Civil Veterinary Department. Madras. Admin. report 1910-25 - 1910-1925
Year: 1910
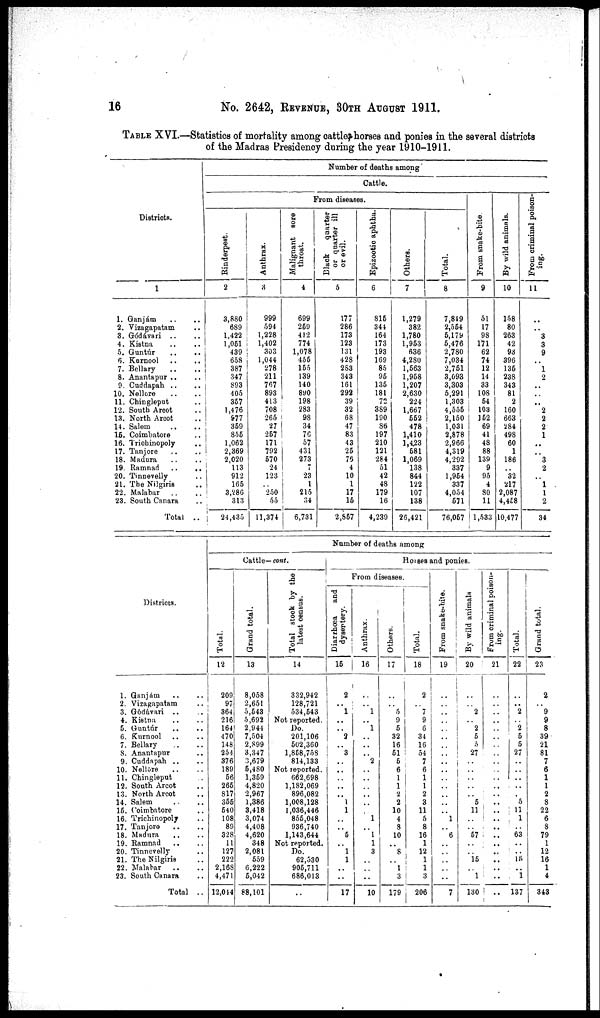
16
No. 2642, REVENUE, 30TH AUGUST 1911.
TABLE XVI.—Statistics of mortality among cattle, horses and ponies in the several districts
of the Madras Presidency during the year 1910-1911.
Districts.
1
1. Ganjám .. ..
2. Vizagapatam .. ..
3. Gódávari .. ..
4. Kistna .. ..
5. Guntúr .. ..
6. Kurnool .. ..
7. Bellary .. ..
8. Anantapur .. ..
9. Cuddapah .. ..
10. Nellore .. ..
11. Chingleput ..
12. South Arcot ..
13. North Arcot ..
14. Salem
15. Coimbatore ..
16. Trichinopoly ..
17. Tanjore .. ..
18. Madura
19. Ramnad
..
..
20. Tinnevelly ..
21. The Nilgiris ..
22. Malabar
23. South Canara ..
Total ..
Number of deaths among
Cattle.
From diseases.
Rinderpest.
2
3,880
689
1,422
1,061
439
658
387
347
893
405
357
1,476
977
359
855
1,062
2,369
2,020
113
912
165
3,286
313
24,430
Anthrax.
3
999
594
1,228
1,402
303
1,044
278
211
767
893
413
708
265
27
267
171
792
670
24
123
..
250
55
11,374
Malignant sore
throat.
4
699
269
412
774
1,078
456
165
139
140
890
198
283
98
34
76
57
431
273
7
23
1
215
34
| 6,731
Black
quarter
or quarter ill
or evil.
5
177
286
173
123
131
428
263
343
161
292
39
32
68
47
83
43
26
70
4
10
1
17
16
2,857
Epizootic aphtha.
6
816
344
164
173
193
169
85
96
135
181
72
389
190
86
197
210
121
284
51
42
48
179
16
4,239
Others.
7
1,279
382
1,780
1,963
636
4,280
1,663
1,958
1,207
2,630
224
1,667
662
478
1,410
1,423
681
1,069
138
844
122
107
138
26,421
Total.
8
7,819
2,564
5,179
6,476
2,780
7,034
2,761
3,093
3,303
5,291
1,303
4,556
2,150
1,031
2,878
2,966
4,319
4,292
337
1,964
337
4,054
671
76,067
Fr om snake-bite.
9
51
17
98
171
62
74
12
14
33
108
64
103
152
69
41
48
88
139
9
95
4
80
11
1,583
By wild animals.
10
158
80
263
42
93
396
136
238
343
81
2
160
663
284
498
60
1
186
..
32
217
2,087
4,458
10,477
From
criminal poison-
ing.
11
..
..
3
3
9
..
1
2
..
..
..
2
2
2
1
..
..
3
2
..
1
1
2
34
Districts.
1. Ganjám .. ..
2. Vizagapatam ..
3. Gódávari .. ..
4. Kistna .. ..
5. Guntúr
.. ..
6. Kurnool .. ..
7. Bellary .. ..
8. Anantapur ..
9. Cuddapah .. ..
10. Nellore .. ..
11. Chingleput ..
12. South Arcot ..
13. North Arcot ..
14. Salem
16. Coimbatore ..
16. Trichinopoly ..
17. Tanjore .. ..
18. Madura .. ..
19. Ramnad .. ..
20. Tinnevelly ..
21. The Nilgiris ..
22. Malabar .. ..
23. South Canara ..
Total ..
Number of deaths among
Cattle— cont.
Total.
12
209
97
364
216
164
470
148
254
376
189
66
266
817
355
640
108
89
328
11
127
222
2,168
4,471
12,014
Grand total.
13
8,058
2,651
5,643
5,692
2,944
7,504
2,899
3,347
3,679
5,480
1,369
4,820
2,967
1,386
3,418
3,074
4,408
4,620
348
2,081
559
6,222
6,012
88,101
Total stock
by the
latest census.
14
332,942
128,721
534,643
Not reported.
Do.
201,106
602,360
1,858,758
814,133
Not reported.
662,698
1,182,069
896,082
1,008,128
1,036,446
855,048
936,740
1,143,644
Not reported.
Do.
62,530
906,711
686,013
..
Horses and ponies.
From diseases.
Diarrhœa
and
dysentery.
15
2
..
1
..
..
2
..
3
..
..
..
..
..
1
1
..
..
6
..
1
1
..
..
17
Anthrax.
16
..
..
1
..
1
..
..
..
2
..
..
..
..
..
..
1
..
1
1
3
..
..
..
10
Others.
17
..
..
5
9
6
32
16
61
6
6
1
1
2
2
10
4
3
10
..
8
..
1
3
179
Total.
18
2
..
7
9
6
34
16
54
7
6
1
1
2
3
11
5
8
16
1
12
1
1
3
206
From snake-bite.
19
..
..
..
..
..
..
..
..
..
..
..
..
..
..
..
1
..
6
..
..
..
..
..
7
By wild animals
20
..
..
2
..
2
5
5
27
..
..
..
..
..
5
11
..
..
57
..
..
15
.
1
130
From criminal poison-
ing.
21
..
..
..
..
..
..
..
..
..
..
..
..
..
..
..
..
..
..
..
..
..
..
..
..
Total.
22
..
..
2
..
2
6
6
27
..
..
..
..
..
0
11
1
..
63
..
..
15
..
1
137
Grand total.
23
2
..
9
9
8
39
21
81
7
6
1
1
2
8
22
6
8
79
1
12
16
1
4
343